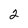
Character: 2